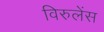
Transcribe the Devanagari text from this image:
विरुलेंस